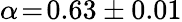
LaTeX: \alpha\! =\! 0.63\pm 0.01